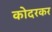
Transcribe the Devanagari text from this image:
कोदरकर